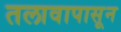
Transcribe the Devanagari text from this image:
तलावापासून